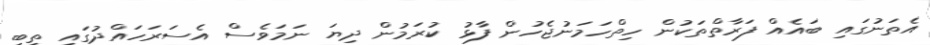
އެތަނުގައި ބައެއް ފަރާތްތަކުން ހިތްހަމަނުޖެހުން ފާޅު ކުރަމުން ދިޔަ ނަމަވެސް އެސަރަހައްދުގައި ތިބި